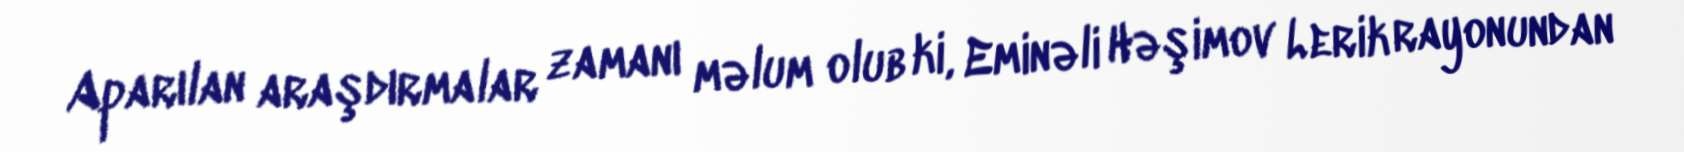
Aparılan araşdırmalar zamanı məlum olub ki, Eminəli Həşimov Lerik rayonundan